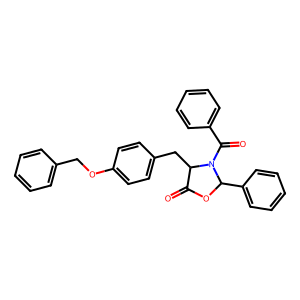
SMILES: O=C1OC(c2ccccc2)N(C(=O)c2ccccc2)C1Cc1ccc(OCc2ccccc2)cc1
Inhibits HIV replication: No